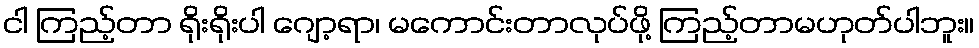
ငါ ကြည့်တာ ရိုးရိုးပါ ဂျော့ရာ၊ မကောင်းတာလုပ်ဖို့ ကြည့်တာမဟုတ်ပါဘူး။